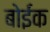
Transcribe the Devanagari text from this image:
बोईंक